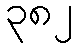
၃၈၂